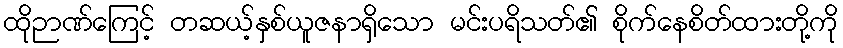
ထိုဉာဏ်ကြေင့် တဆယ့်နှစ်ယူဇနာရှိသော မင်းပရိသတ်၏ စိုက်နေစိတ်ထားတို့ကို